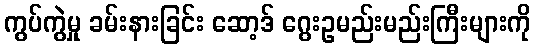
ကွပ်ကွဲမှု ခမ်းနားခြင်း ဆော့ဒ် ဂွေးဥမည်းမည်းကြီးများကို